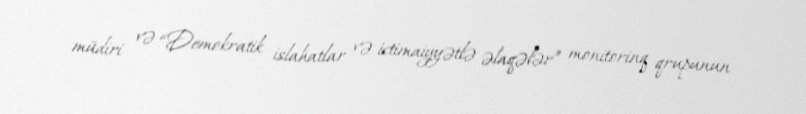
müdiri və “Demokratik islahatlar və ictimaiyyətlə əlaqələr” monitorinq qrupunun